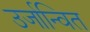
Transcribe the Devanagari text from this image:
उर्जान्वित